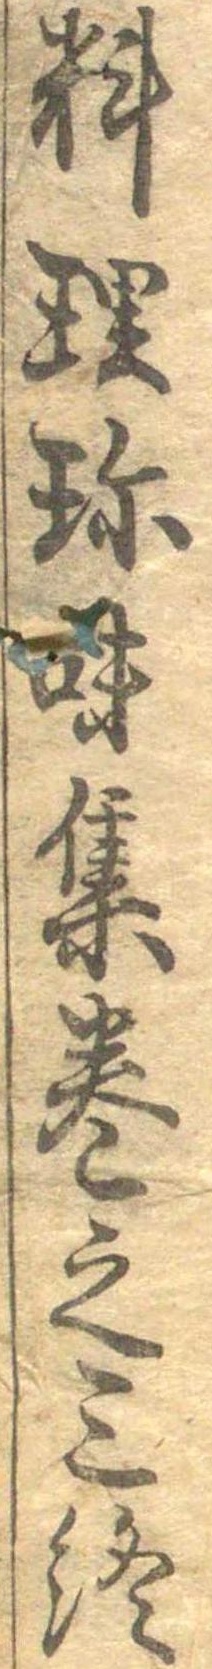
料理珍味集巻之三終